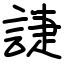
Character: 誱